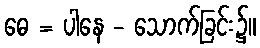
ဓေ = ပါနေ - သောက်ခြင်း၌။